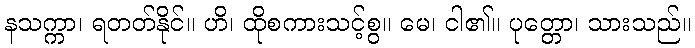
နသက္ကာ၊ ရတတ်နိုင်။ ဟိ၊ ထိုစကားသင့်စွ။ မေ၊ ငါ၏။ ပုတ္တော၊ သားသည်။